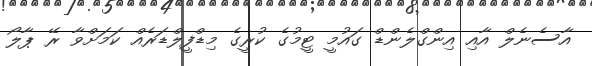
އާސެނެލް އާއި އިންގްލެންޑް ގައުމީ ޓީމުގެ ކުރީގެ މިޑްފީލްޑަރެއް ކަމަށްވާ ރޭ ޕާލޯ